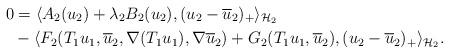
LaTeX: \begin{align*}0 &= \langle A_2(u_2)+\lambda_2 B_2(u_2),(u_2-\overline{u}_2)_+\rangle_{\mathcal{H}_2} \\&- \langle F_2(T_1u_1,\overline{u}_2,\nabla (T_1u_1),\nabla \overline{u}_2)+G_2(T_1u_1,\overline{u}_2),(u_2-\overline{u}_2)_+\rangle_{\mathcal{H}_2}.\end{align*}